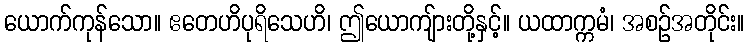
ယောက်ကုန်သော။ ဧတေဟိပုရိသေဟိ၊ ဤယောကျ်ားတို့နှင့်။ ယထာက္ကမံ၊ အစဉ်အတိုင်း။